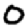
Digit: 0